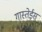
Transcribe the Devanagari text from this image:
गास्तेईस